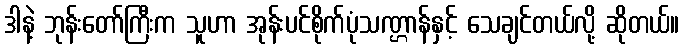
ဒါနဲ့ ဘုန်းတော်ကြီးက သူဟာ အုန်းပင်စိုက်ပုံသဏ္ဌာန်နှင့် သေချင်တယ်လို့ ဆိုတယ်။